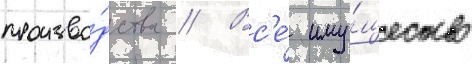
произво́дства // Вс'е́ иму́щество